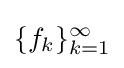
\{f_{k}\}_{k=1}^{\infty }